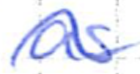
Text: as
Cross-out: wave
Writing tool: ballpoint